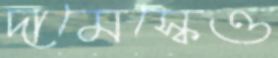
দামেস্কেও